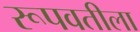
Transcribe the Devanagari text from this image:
रूपवतीला